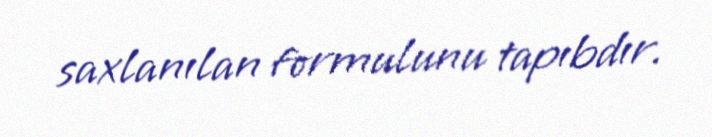
saxlanılan formulunu tapıbdır.